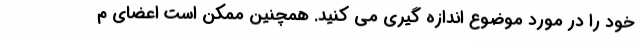
خود را در مورد موضوع اندازه گیری می کنید. همچنین ممکن است اعضای م